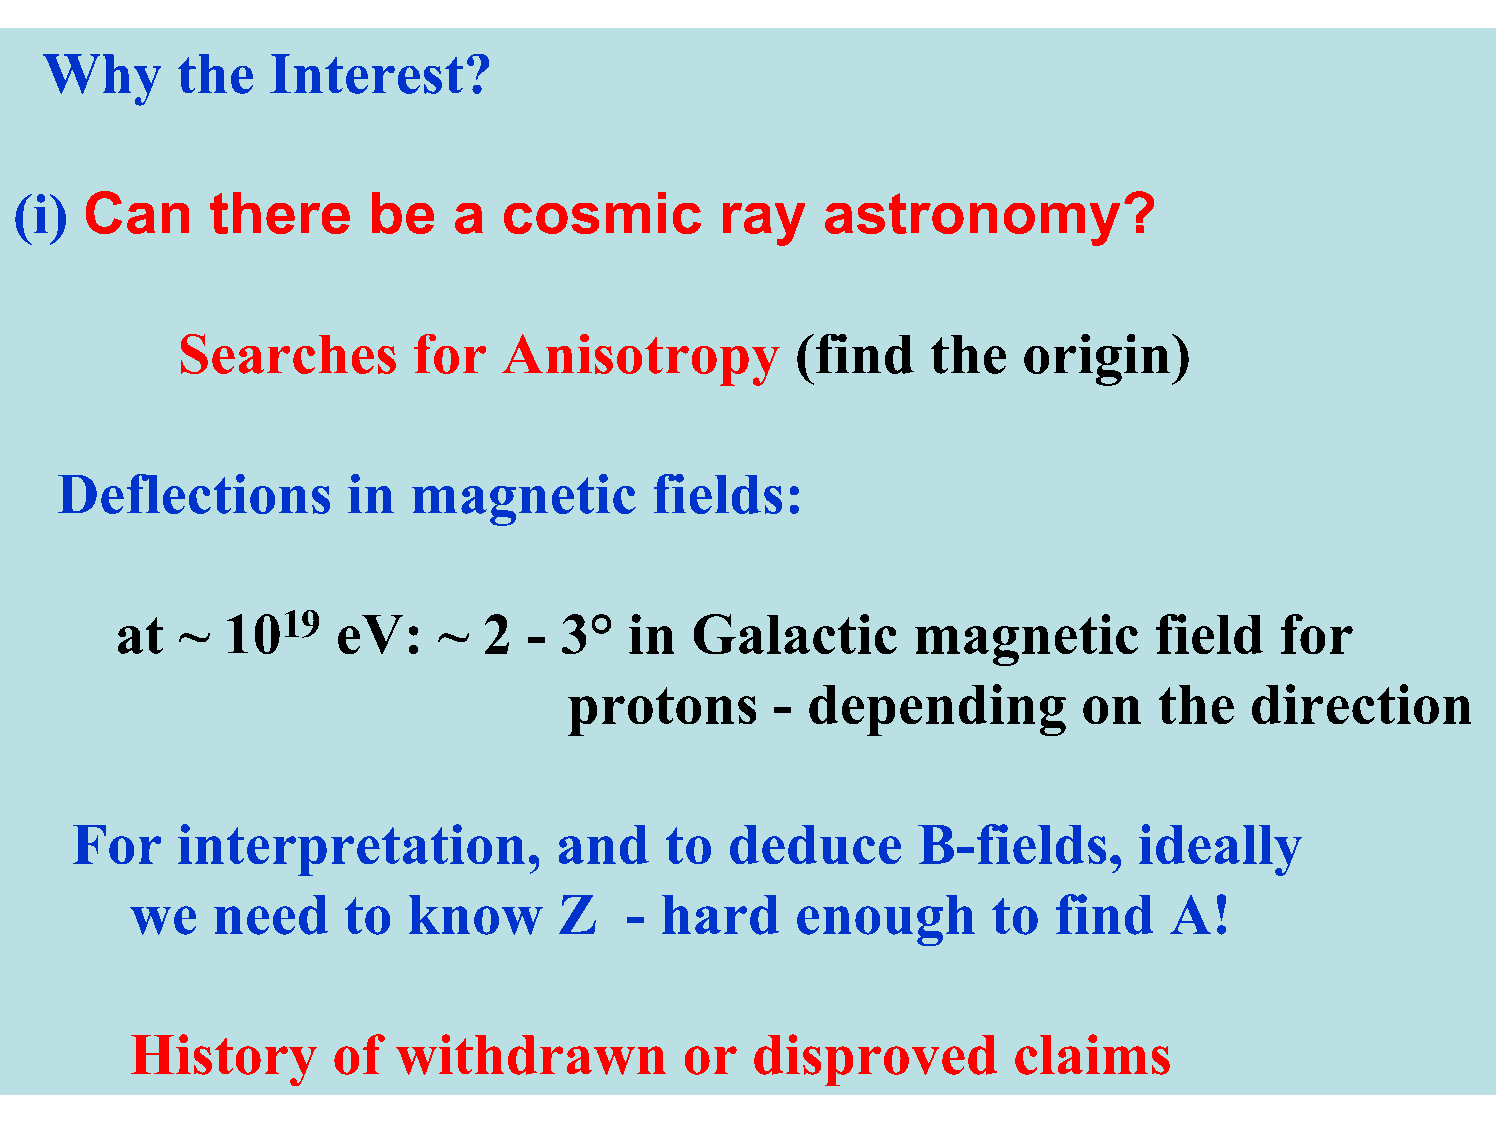
Why      the   Interest?
 (i)  Can     there     be    a  cosmic         ray    astronomy?
 Searches       for   Anisotropy          (find    the   origin)
 Deflections        in  magnetic        fields:
 at  ~  1019   eV:    ~  2  - 3°   in  Galactic       magnetic        field   for
 protons      -  depending         on   the   direction
 For    interpretation,          and    to  deduce       B-fields,     ideally
 we   need     to  know      Z    - hard     enough       to  find    A!
 History      of  withdrawn          or   disproved        claims
 4